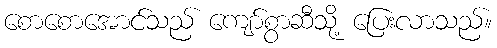
စောစောအောင်သည် ကျော်စွာဆီသို့ ပြေးလာသည်။